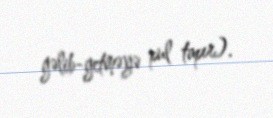
gəlib-getməyə pul tapır).